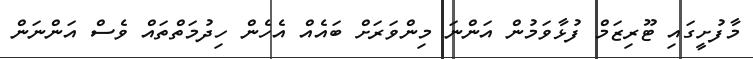
މާފުށީގައި ޓޫރިޒަމް ފުޅާވަމުން އަންނަ މިންވަރަށް ބައެއް އެހެން ހިދުމަތްތައް ވެސް އަންނަން